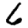
Digit: 6